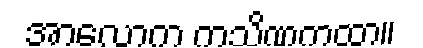
အာလောက ကသိဏကထာ။